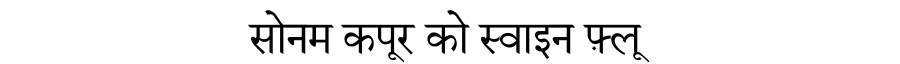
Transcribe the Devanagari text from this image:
सोनम कपूर को स्वाइन फ़्लू